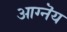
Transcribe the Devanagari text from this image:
आग्नॆय